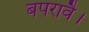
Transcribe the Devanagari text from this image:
बपरावै।